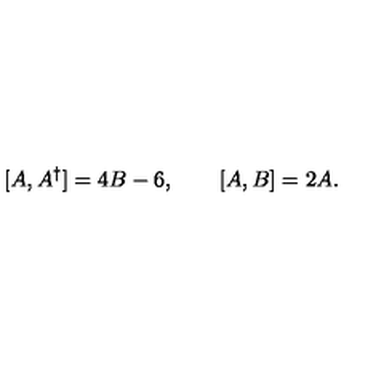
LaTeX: [ A , A ^ { \dagger } ] = 4 B - 6 , \qquad [ A , B ] = 2 A .